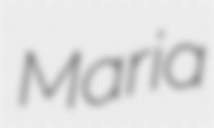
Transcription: Maria